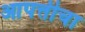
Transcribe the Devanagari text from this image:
आपत्तीचा